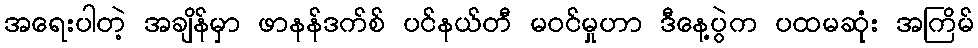
အရေးပါတဲ့ အချိန်မှာ ဖာနန်ဒက်စ် ပင်နယ်တီ မဝင်မှုဟာ ဒီနေ့ပွဲက ပထမဆုံး အကြိမ်